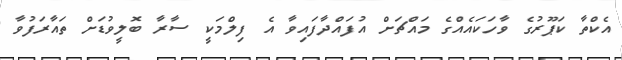
އެކްތާ ކަޕޫރުގެ ވާހަކައެއްގެ މައްޗަށް އުފައްދާފައިވާ އެ ފިލްމަކީ ސާރާ ބޮލީވުޑަށް ތައާރަފުވާ